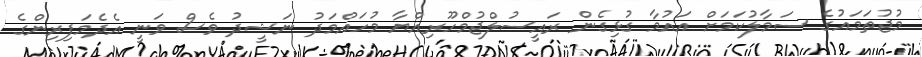
މުޖުތަމައުގެ ސަމާލުކަމަށް އައުމާ ގުޅިގެން ރައީސުލްޖުމްހޫރިއްޔާ މުހައްމަދު ނަޝީދު ވެސް ވަނީ އެދެމަފިރިންގެ